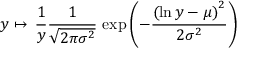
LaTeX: y \mapsto \, { \frac { 1 } { y } } { \frac { 1 } { \sqrt { 2 \pi \sigma ^ { 2 } } } } \, \exp \left( - { \frac { \left( \ln y - \mu \right) ^ { 2 } } { 2 \sigma ^ { 2 } } } \right)